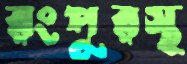
রংপুরস্থ